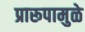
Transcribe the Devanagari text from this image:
प्रारूपामुळे